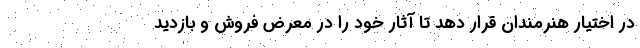
در اختیار هنرمندان قرار دهد تا آثار خود را در معرض فروش و بازدید